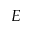
E